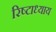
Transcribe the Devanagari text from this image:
रिष्टाध्याय